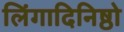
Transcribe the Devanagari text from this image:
लिंगादिनिष्ठो